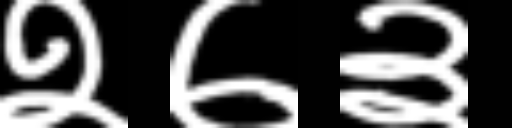
Text: २७३